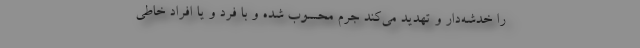
را خدشه‌دار و تهدید می‌کند جرم محسوب شده و با فرد و یا افراد خاطی